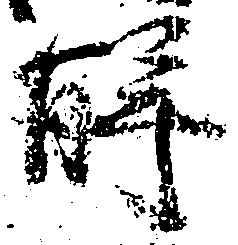
解